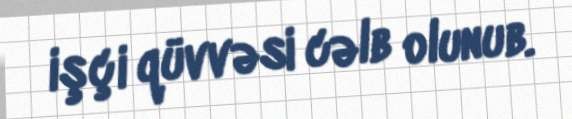
işçi qüvvəsi cəlb olunub.